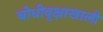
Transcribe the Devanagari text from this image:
बोधीवृक्षाखाली